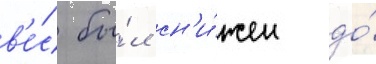
в'е́с бы́л сн'и́жен до́